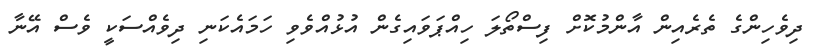
ދިވެހިންގެ ތެރެއިން އާންމުކޮށް ފިސްތޯލަ ހިއްޕަވައިގެން އުޅުއްވެވި ހަމައެކަނި ދިވެއްސަކީ ވެސް އޭނާ